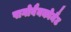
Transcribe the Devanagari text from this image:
पागोबैनकोमैट